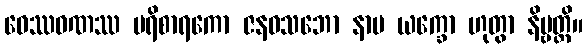
ဝေဿဝဏဿ ပရိစာရကော ဇနဝသဘော နာမ ယက္ခော ဟုတွာ နိဗ္ဗတ္တိ။